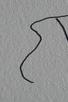
Signature authenticity: forged